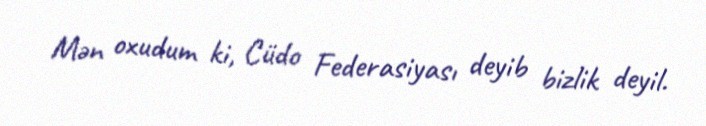
Mən oxudum ki, Cüdo Federasiyası deyib bizlik deyil.